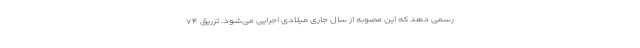
رسمی دهد که این مصوبه از سال جاری میلادی اجرایی می‌شود. تزریق ۷۴